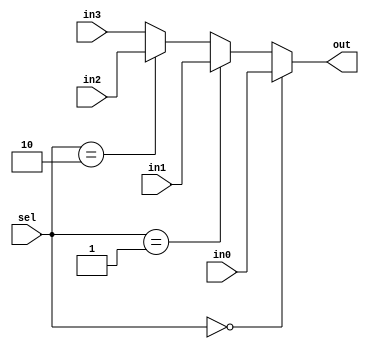
module    mux4to1_if(     out,
                          in0,
                          in1,
                          in2,
                          in3,
                          sel);
                          
output           out              ;

input            in0              ;
input            in1              ; 
input            in2              ; 
input            in3              ; 
input   [1:0]    sel              ;  

reg              out              ;

always @(in0, in1, in2, in3, sel) begin
    if(sel == 2'b00) begin
       out = in0   ;
    end else if(sel == 2'b01) begin
       out = in1   ;
    end else if(sel == 2'b10) begin
       out = in2   ;
    end else begin
       out = in3   ;
    end
    
end    
endmodule